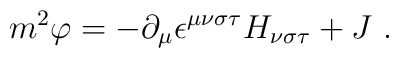
m^{2}\varphi =-\partial _{\mu }\epsilon ^{\mu \nu \sigma \tau }H_{\nu \sigma\tau }+J\ .